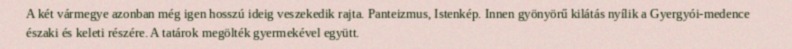
A két vármegye azonban még igen hosszú ideig veszekedik rajta. Panteizmus, Istenkép. Innen gyönyörű kilátás nyílik a Gyergyói-medence északi és keleti részére. A tatárok megölték gyermekével együtt.